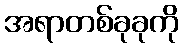
အရာတစ်ခုခုကို